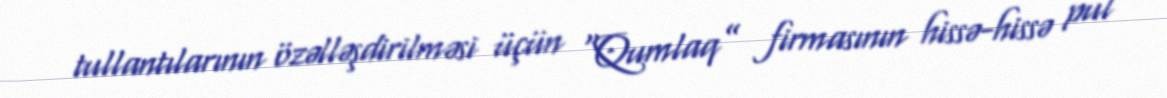
tullantılarının özəlləşdirilməsi üçün “Qumlaq” firmasının hissə-hissə pul